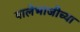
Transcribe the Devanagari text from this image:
पालेभाजीच्या